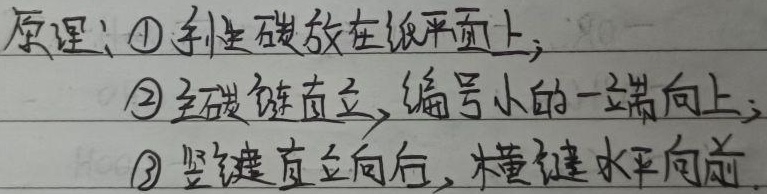
原理：\textcircled{1} 手性碳放在纸平面上；\textcircled{2} 主碳链直立，编号小的一端向上；\textcircled{3} 竖键直立向后，横键水平向前。